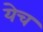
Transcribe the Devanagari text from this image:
येच